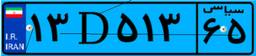
۹۶D۶۹۹۹۸